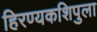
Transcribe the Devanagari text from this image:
हिरण्यकशिपुला